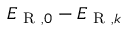
E _ { \mathrm { ~ R ~ } , 0 } - E _ { \mathrm { ~ R ~ } , k }